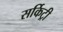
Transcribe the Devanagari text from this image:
सर्किट्री